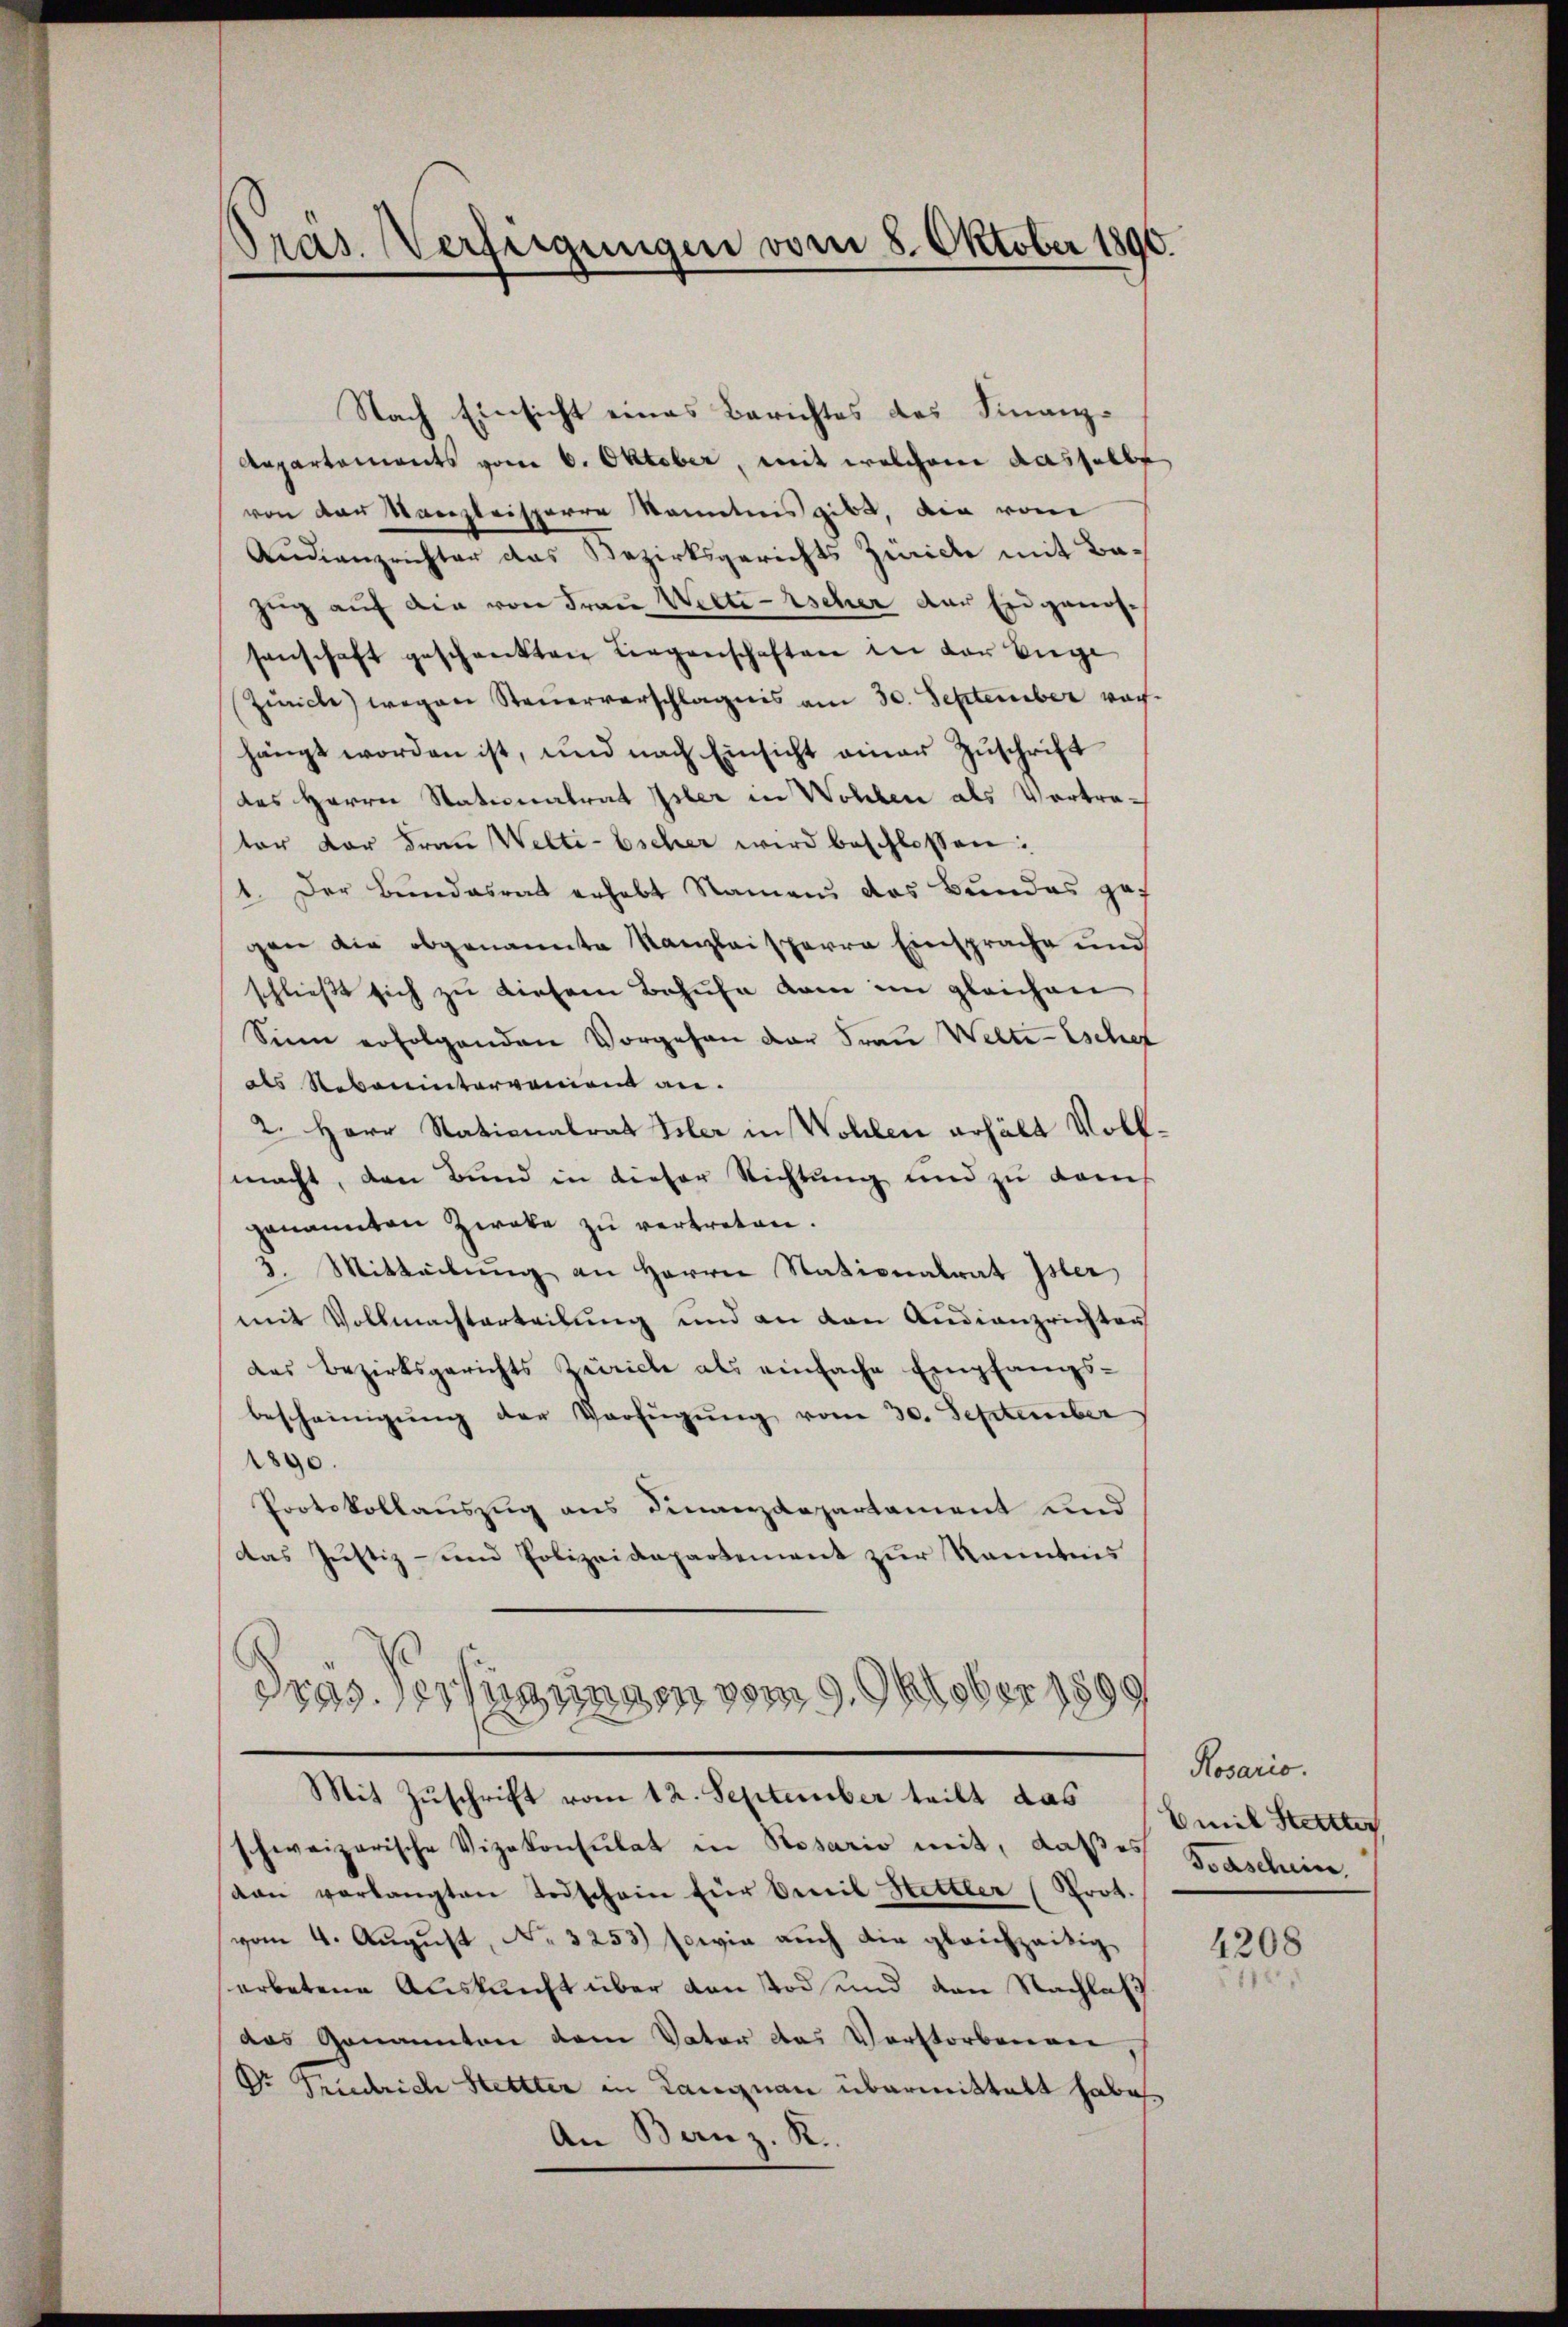
Pras. Verfügungen vom 8. Oktober 1890.

Nach Einsicht eines Berichtes des Finanz¬
Aepartements vom 6. Oktober, mit welchem dasselbe
von der Kanzleisterre kanntnis gibt, die vom
Audienzrichter das Bezirksgerichts Zürich mit Bazug auf die von Frau Werteischer der Eidgenossenschaft geschenkten Liegenschaften in der Enge
Zürich) wegen Steuerverschlägnis am 30. September vorhängt worden ist, und nach Einsicht einer Zŭschrift
das Herrn Nationalrat Isler in Wohlen als Vertreter der Frau Welti-Escher wird beschlossen:
1. Der Bundesrat erhebt Namen das Bundes ges
gen die obgenannte Kanzleisperrn Einsprache und
schließt sich zu diesem Behufe kam im gleichen
Sinn erfolgenden Vorgehen der Frau Welte-Eschet
als Reberintervenien an.
2. Herr Stationalrat Isler in Wohlen erhält Vollmacht, den Bund in dieser Richtung und zu dans
genannten Zweke zu vertreten.
3. Mitteilung an Herrn Stationalrat Isler,
mit Vollmachterteilung und an den Andianzrichten
des Bezirksgerichts Zürich als einfache Empfangsbescheinigŭng der Verfügŭng vom 30. September
1890.
Protokollauszug aus Finanzdepartament und
das Justiz- und Polizeidepartement zur Kenntnis
s
Tras. ernannten vom 9. Oktober 1899
Mit Zuschrift vom 12. September teilt das
schweizerische Vizekonsulat in Rosario mit, daßes Graschein,
aan verlangten Todschein für bereil Hettler (Prot.
vom 4. August, No. 3253) sowie auch die gleichzeitig
erbetene Auskunft über von Tod und von Nachlas
das Genannten dem Vater das Vorstorbenen,
Dr Friedrich Stettter in Langnau übermittelt habe,
An Benz. R.

Rosario.
Emil Stettter

4208